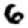
Digit: 6